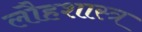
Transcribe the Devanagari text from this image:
लौहशास्त्र